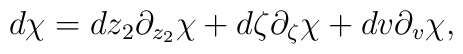
d\chi =dz_{2}\partial _{z_{2}}\chi +d\zeta \partial _{\zeta }\chi+dv\partial _{v}\chi ,